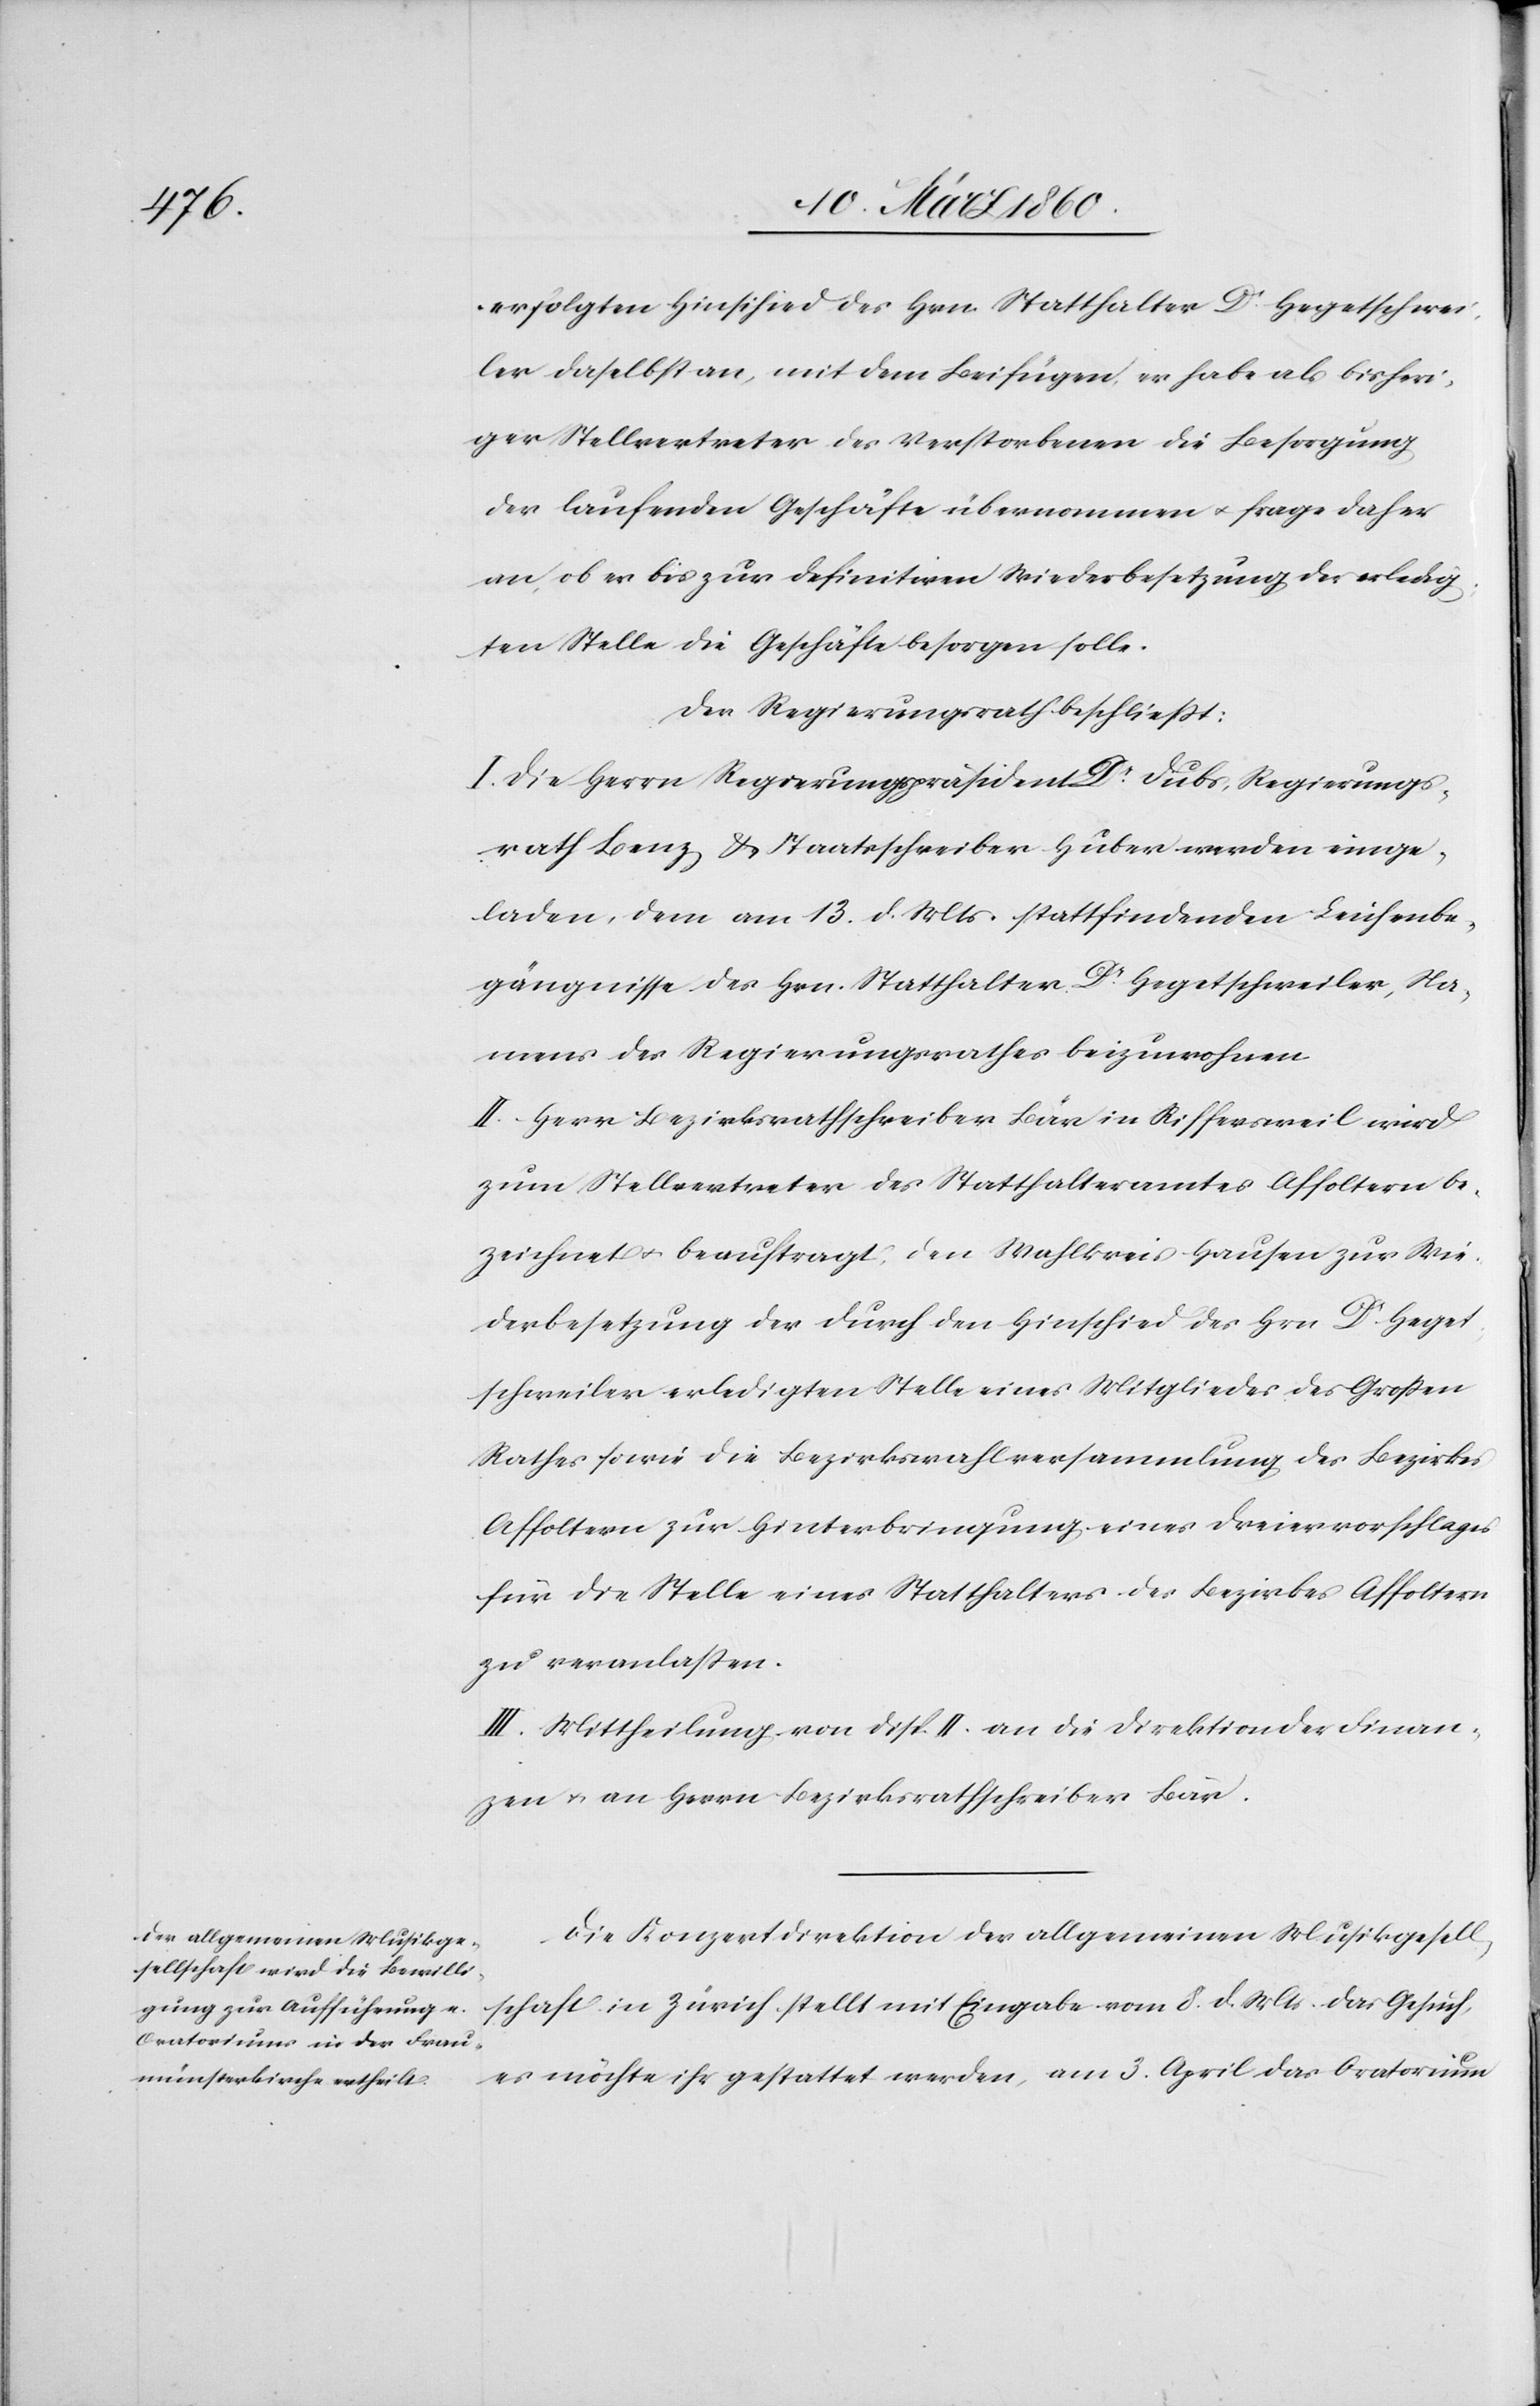
erfolgten Hinscheid des Hrn. Statthalter Dr Hegetschwei¬
ler daselbst an, mit dem Befügen, er habe als bisheri¬
ger Stellvertreter des Verstorbenen die Besorgung
der laufenden Geschäfte übernommen u. frage daher
an, ob er bis zur definitiven Wiederbesetzung der erledig¬
ten Stelle die Geschäfte besorgen solle.
Der Regierungsrath beschliesst.
I. Die Herrn Regierungspräsident Dr Dubs, Regierungs¬
rath Benz u. Staatsschreiber Huber werden einge¬
laden, dem am 13. d. Mts. stattfindenden Leichenbe¬
gängnisse des Hrn. Statthalter Dr Hegetschweiler, Na¬
mens des Regierungsrathes beizuwohnen.
II. Herr Bezirksrathschreiber Bär in Riffersweil wird
zum Stellvertreter des Statthalteramtes Affoltern be¬
zeichnet u. beauftragt, den Wahlkreis Hausen zur Wie¬
derbesetzung der durch den Hinschied des Hrn. Dr Heget¬
schweiler erledigten Stelle eines Mitgliedes des Grossen
Rathes sowie die Bezirkswahlversammlung des Bezirkes
Affoltern zur Hinterbringung eines Dreiervorschlages
für die Stelle eines Statthalters des Bezirkes Affoltern
zu veranlassen.
III. Mittheilung von Disp. II. an die Direktion der Finan¬
zen u. an Herrn Bezirksrathschreiber Bär.
Die Konzertdirektion der allgemeinen Musikgesell¬
schaft in Zürich stellt mit Eingabe vom 8. d. Mts. das Gesuch,
es möchte ihr gestattet werden, am 3. April das Oratorium